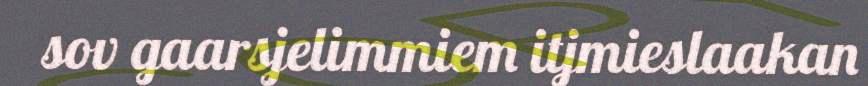
sov gaarsjelimmiem itjmieslaakan